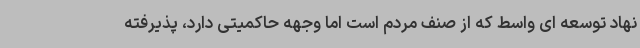
نهاد توسعه ای واسط که از صنف مردم است اما وجهه حاکمیتی دارد، پذیرفته